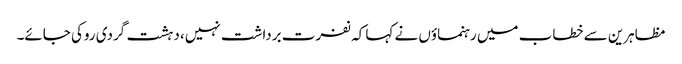
مظاہرین سے خطاب میں رہنماؤں نے کہا کہ نفرت برداشت نہیں، دہشت گردی روکی جائے۔